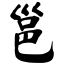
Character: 邕